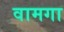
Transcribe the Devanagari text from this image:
वामगा